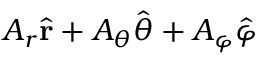
A _ { r } { \hat { \mathbf { r } } } + A _ { \theta } { \hat { \boldsymbol { \theta } } } + A _ { \varphi } { \hat { \boldsymbol { \varphi } } }